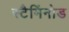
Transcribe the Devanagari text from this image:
स्टैमिंनोड